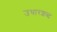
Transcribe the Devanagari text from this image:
उधारशब्द